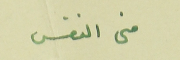
منى النفس